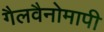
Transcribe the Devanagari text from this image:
गैलवैनोमापी